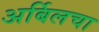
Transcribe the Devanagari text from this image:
अर्बिलचा